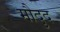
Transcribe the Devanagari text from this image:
मौदुद